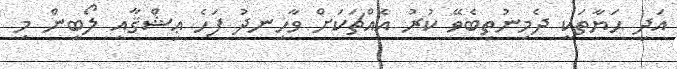
އަދި ޙަޔާތަކީ ދެމިނުތިބެވޭ ކުރު އެއްޗަކަށް ވާހިނދު ފަހެ ޢިޝްޤާއި ލޯބިން މި